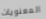
المعنويات